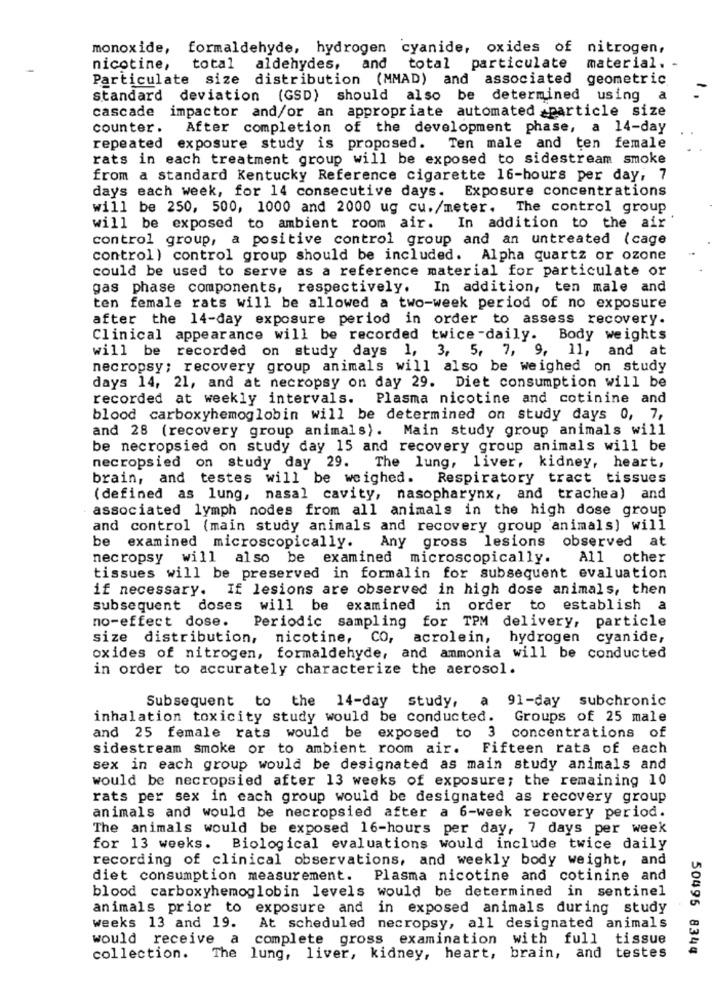
monoxide,
formaldehyde, hydrogen cyanide, oxides of nitrogen,
nicotine,
total
aldehydes,
and
total particulate
material. -
Particulate size distribution (MMAD) and associated
geometric
standard deviation (GSD) should also be determined using
a
cascade impactor and/or an appropriate automated -particle size
counter .
After completion of the development phase, a 14-day
repeated exposure study is proposed. Ten male and ten female
rats in each treatment group will be exposed to sidestream smoke
from a standard Kentucky Reference cigarette 16-hours per day, 7
days each week, for 14 consecutive days. Exposure concentrations
will be 250, 500, 1000 and 2000 ug cu./meter. The control group
will be exposed to ambient room air. In addition to the air
control group, a positive control group and an untreated (cage
control ) control group should be included. Alpha quartz or ozone
could be used to serve as a reference material for particulate or
gas phase components, respectively. In addition, ten male and
ten female rats will be allowed a two-week period of no exposure
after the 14-day exposure period in order to assess recovery.
Clinical appearance will be recorded twice -daily. Body weights
will be recorded on study days 1, 3, 5, 7, 9, 11, and at
necropsy; recovery group animals will also be weighed on study
days 14, 21, and at necropsy on day 29. Diet consumption will be
recorded at weekly intervals.
Plasma nicotine and cotinine and
blood carboxyhemoglobin will be determined on study days 0, 7,
and 28 (recovery group animals). Main study group animals will
be necropsied on study day 15 and recovery group animals will be
necropsied on study day 29.
The lung, liver, kidney, heart,
brain, and testes will be weighed. Respiratory tract tissues
(defined as lung, nasal cavity, nasopharynx, and trachea) and
associated lymph nodes from all animals in the high dose group
and control (main study animals and recovery group animals) will
examined microscopically. Any gross lesions observed at
necropsy will also be examined microscopically.
All other
tissues will be preserved in formalin for subsequent evaluation
if necessary. If lesions are observed in high dose animals, then
subsequent doses will be examined in order to establish a
no-effect dose.
Periodic sampling for TPM delivery, particle
size distribution,
nicotine, CO, acrolein, hydrogen cyanide,
oxides of nitrogen, formaldehyde, and ammonia will be conducted
in order to accurately characterize the aerosol.
Subsequent to the 14-day study, a 91-day subchronic
inhalation toxicity study would be conducted.
Groups of 25 male
and 25 female rats would be exposed to 3 concentrations of
sidestream smoke or to ambient room air. Fifteen rats of each
sex in each group would be designated as main study animals and
would be necropsied after 13 weeks of exposure; the remaining 10
rats per sex in each group would be designated as recovery group
animals and would be necropsied after a 6-week recovery period.
The animals would be exposed 16-hours per day, 7 days per week
for 13 weeks.
Biological evaluations would include twice daily
recording of clinical observations, and weekly body weight, and
diet consumption measurement.
Plasma nicotine and cotinine and
blood carboxyhemoglobin levels would be determined in sentinel
animals prior to exposure and in exposed animals during study
weeks 13 and 19.
At scheduled necropsy, all designated animals
would receive a complete gross examination with full
tissue
50495 8344
collection. The lung, liver, kidney, heart, brain, and
testes